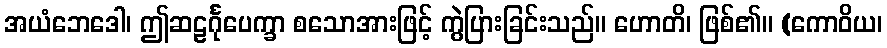
အယံဘေဒေါ၊ ဤဆဠင်္ဂုပေက္ခာ စသောအားဖြင့် ကွဲပြားခြင်းသည်။ ဟောတိ၊ ဖြစ်၏။ (ကောဝိယ၊